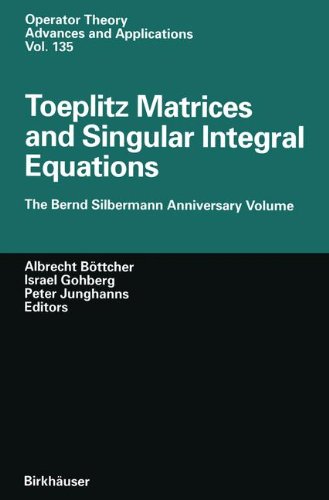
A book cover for Toeplitz Matrices and Singular Integral Equations: The Bernd Silbermann Anniversary Volume (Operator Theory: Advances and Applications); Science & Math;